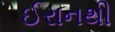
ઈરાનથી